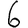
Digit: 6